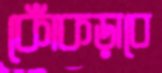
কোঁকড়াবে